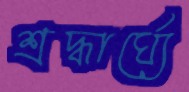
শ্রদ্ধার্ঘ্যে